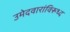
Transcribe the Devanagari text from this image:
उमेदवारांविरूध्द